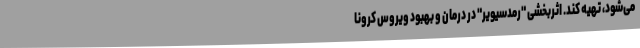
می‌شود، تهیه کند. اثربخشی "رمدسیویر" در درمان و بهبود ویروس کرونا